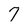
Character: 7